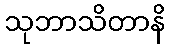
သုဘာသိတာနိ